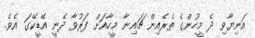
އަނިޔާވި ދެ މީހުންގެ ތެރެއިން ޗައިނާ މީހާއަށް ފަރުވާ ދެނީ އޭޑީކޭގަ އެވެ.